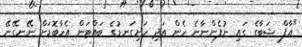
"ޢާފް ޝަބާގެ ގައި ނުފެންނާނެ ހެން އަދި ހަށިގަނޑުގެ ބައްޓަން އެހާބޮޑަށް ނޭނގޭނޭ